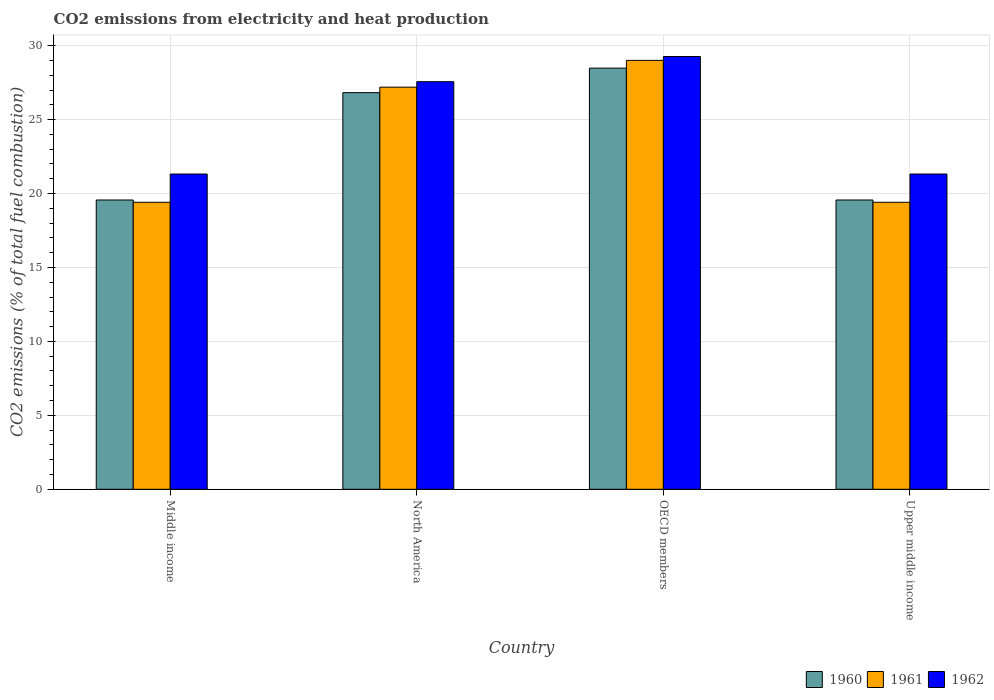
| Country | 1960 | 1961 | 1962 |
 | --- | --- | --- | --- |
 | Middle income | 19.6 | 19.4 | 21.3 |
 | North America | 26.8 | 27.2 | 27.6 |
 | OECD members | 28.5 | 29 | 29.3 |
 | Upper middle income | 19.6 | 19.4 | 21.3 |